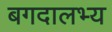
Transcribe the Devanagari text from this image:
बगदालभ्य